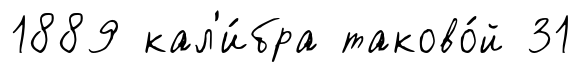
1889 кал'и́бра таково́й 31